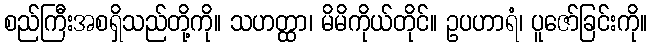
စည်ကြီးအစရှိသည်တို့ကို။ သဟတ္ထာ၊ မိမိကိုယ်တိုင်။ ဥပဟာရံ၊ ပူဇော်ခြင်းကို။